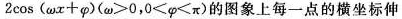
$$2 \cos ( ω x + φ )$$($$ω ≥ 0$$，$$0 ≤ φ ≤ π$$)的图象上每一点的横坐标伸